Lunatic asylums United Provinces 1909-1921 - 1909-1921
Year: 1909
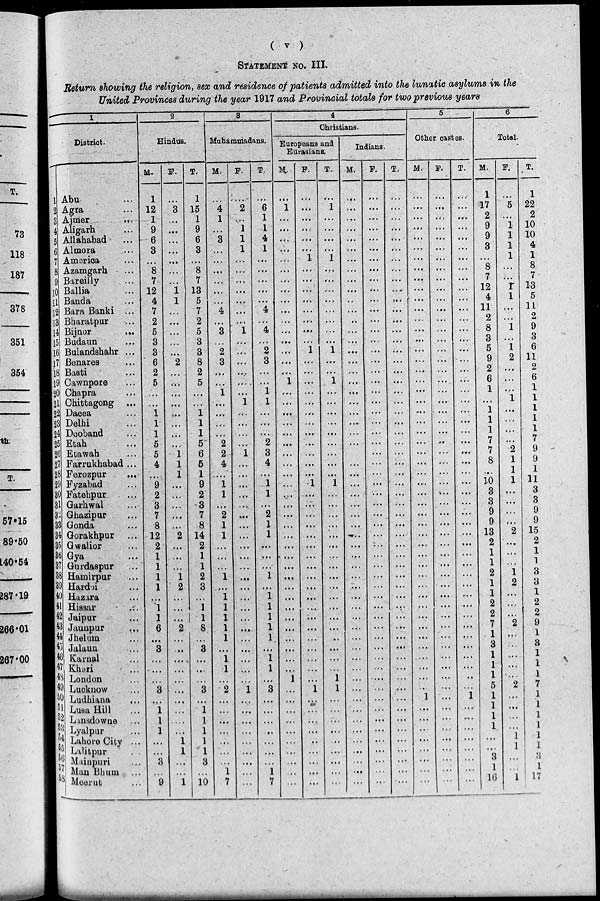
(
v
)
STATEMENT NO. III.
Return showing the religion, sex and residence of patients admitted into the lunatic asylums in the
United Provinces during the year 1917 and Provincial totals for two previous years
1
District.
1
2
3
4
5
6
7
8
9
10
11
12
13
14
15
16
17
18
19
20
21
22
23
24
25
26
27
28
29
30
31
32
33
34
35
36
37
38
39
40
41
42
43
44
45
46
47
48
49
50
51
52
53
54
55
56
57
58
Abu ...
Agra ...
Ajmer
...
Aligarh ...
Allahabad ...
Almora ...
America ...
Azamgarh ...
Bareilly ...
Ballia ...
Banda ...
Bara Banki ...
Bharatpur ...
Bijnor
...
Budaun ...
Bulandshahr ...
Benares ...
Basti ...
Cawnpore ...
Chapra ...
Chittagong ...
Dacca ...
Delhi ...
Deoband ...
Etah ...
Etawah ...
Farrukhabad ...
Ferozpur ...
Fyzabad ...
Fatehpur ...
Garhwal ...
Ghazipur ...
Gonda ...
Gorakhpur
...
Gwalior ...
Gya ...
Gurdaspur ...
Hamirpur ...
Hardoi ...
Hazara ...
Hissar ...
Jaipur ...
Jaunpur ...
Jhelum ...
Jalaun ...
Karnal ...
Kheri ...
London ...
Lucknow ...
Ludhiana
...
Lusa Hill ...
Lansdowne ...
Lyalpur ...
Lahore City ...
Lalitpur
...
Mainpuri ...
Man Bhum ...
Meerut ...
2
Hindus.
M.
1
12
1
9
6
3
...
8
7
12
4
7
2
5
3
3
6
2
5
...
...
1
1
1
5
5
4
...
9
2
3
7
8
12
2
1
1
1
1
...
1
1
6
...
3
...
...
...
3
...
1
1
1
...
...
3
...
9
F.
...
3
...
...
...
...
...
...
...
1
1
...
...
...
...
...
2
...
...
...
...
...
...
...
...
1
1
1
...
...
...
...
...
2
...
...
...
1
2
...
...
...
2
...
...
...
...
...
...
...
...
...
...
1
1
...
...
1
T.
1
15
1
9
6
3
...
8
7
13
5
7
2
5
3
3
8
2
5
...
...
1
1
1
5
6
5
1
9
2
3
7
8
14
2
1
1
2
3
...
1
1
8
...
3
...
...
...
3
...
1
1
1
1
1
3
...
10
3
Muhammadans.
M.
...
4
1
...
3
...
...
...
...
...
...
4
...
3
...
2
3
...
...
1
...
...
...
...
2
2
4
...
1
1
...
2
1
1
...
...
...
1
...
1
1
1
1
1
...
1
1
...
2
...
...
...
...
...
...
...
1
7
F.
...
2
...
1
1
1
...
...
...
...
...
...
...
1
...
...
...
...
...
...
1
...
...
...
...
1
...
...
...
...
...
...
...
...
...
...
...
...
...
...
...
...
...
...
...
...
...
...
1
...
...
...
...
...
...
...
...
...
T.
...
6
1
1
4
1
...
...
...
...
...
4
...
4
...
2
3
...
...
1
1
...
...
...
2
3
4
...
1
1
...
2
1
1
...
...
...
1
...
1
1
1
1
1
...
1
1
...
3
...
...
...
...
...
...
...
1
7
4
Christians.
Europeans and
Eurasians.
M.
...
1
...
...
...
...
...
...
...
...
...
...
...
...
...
...
...
...
1
...
...
...
...
...
...
...
...
...
...
...
...
...
...
...
...
...
...
...
...
...
...
...
...
...
...
...
...
1
...
...
...
...
...
...
...
...
...
...
F.
...
...
...
...
...
...
1
...
...
...
...
...
...
...
...
1
...
...
...
...
...
...
...
...
...
...
...
...
1
...
...
...
...
...
...
...
...
...
...
...
...
...
...
...
...
...
...
...
1
...
...
...
...
...
...
...
...
...
T.
...
...
...
...
...
...
1
...
...
...
...
...
...
...
...
1
...
...
1
...
...
...
...
...
...
...
...
...
1
...
...
...
...
...
...
...
...
...
...
...
...
...
...
...
...
...
...
1
1
...
...
...
...
...
...
...
...
...
Indians.
M.
...
...
...
...
...
...
...
...
...
...
...
...
...
...
...
...
...
...
...
...
...
...
...
...
...
...
...
...
...
...
...
...
...
...
...
...
...
...
...
...
...
...
...
...
...
...
...
...
...
...
...
...
...
...
...
...
...
...
F.
...
...
...
...
...
...
...
...
...
...
...
...
...
...
...
...
...
...
...
...
...
...
...
...
...
...
...
...
...
...
...
...
...
...
...
...
...
...
...
...
...
...
...
...
...
...
...
...
...
...
...
...
...
...
...
...
...
...
T.
...
...
...
...
...
...
...
...
...
...
...
...
...
...
...
...
...
...
...
...
...
...
...
...
...
...
...
...
...
...
...
...
...
...
...
...
...
...
...
...
...
...
...
...
...
...
...
...
...
...
...
...
...
...
...
...
...
...
5
Other castes.
M.
...
...
...
...
...
...
...
...
...
...
...
...
...
...
...
...
...
...
...
...
...
...
...
...
...
...
...
...
...
...
...
...
...
...
...
...
...
...
...
...
...
...
...
...
...
...
...
...
...
1
...
...
...
...
...
...
...
...
F.
...
...
...
...
...
...
...
...
...
...
...
...
...
...
...
...
...
...
...
...
...
...
...
...
...
...
...
...
...
...
...
...
...
...
...
...
...
...
...
...
...
...
...
...
...
...
...
...
...
...
...
...
...
...
...
...
...
...
T.
...
...
...
...
...
...
...
...
...
...
...
...
...
...
...
...
...
...
...
...
...
...
...
...
...
...
...
...
...
...
...
...
...
...
...
...
...
...
...
...
...
...
...
...
...
...
...
...
...
1
...
...
...
...
...
...
...
...
6
Total.
M.
1
17
2
9
9
3
...
8
7
12
4
11
2
8
3
5
9
2
6
1
...
1
1
1
7
7
8
...
10
3
3
9
9
13
2
1
1
2
1
1
2
2
7
1
3
1
1
1
5
1
1
1
1
...
...
3
1
16
F.
...
5
...
1
1
1
1
...
...
1
1
...
...
1
...
1
2
...
...
...
1
...
...
...
...
2
1
1
1
...
...
...
...
2
...
...
...
1
2
...
...
...
2
...
...
...
...
...
2
...
...
...
...
1
1
...
...
1
T.
1
22
2
10
10
4
1
8
7
13
5
11
2
9
3
6
11
2
6
1
1
1
1
...
7
9
9
1
11
3
3
9
9
15
2
1
1
3
3
1
2
2
9
1
3
1
1
1
7
1
1
1
1
1
1
3
1
17